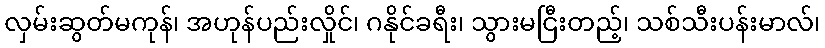
လှမ်းဆွတ်မကုန်၊ အဟုန်ပည်းလှိုင်၊ ဂနိုင်ခရီး၊ သွားမငြီးတည့်၊ သစ်သီးပန်းမာလ်၊